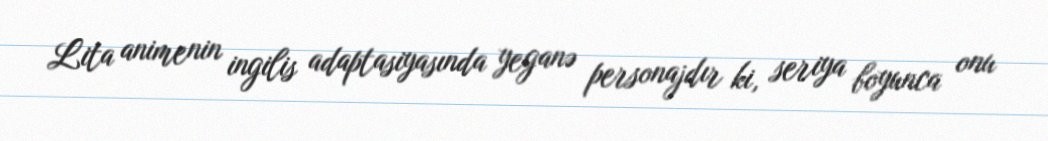
Lita animenin ingilis adaptasiyasında yeganə personajdır ki, seriya boyunca onu